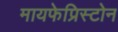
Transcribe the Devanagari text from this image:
मायफेप्रिस्टोन